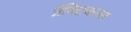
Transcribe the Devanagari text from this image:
प्रॅक्टिकल्स